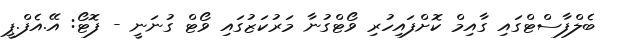
ބެލްފާސްޓްގައި ގާއިމް ކޮށްފައިހުރި ވޯޓްގުނާ މަރުކަޒުގައި ވޯޓް ގުނަނީ - ފޮޓޯ: އޭ.އެފް.ޕީ